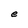
Character: e